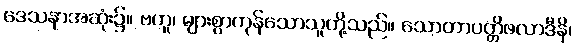
ဒေသနာအဆုံး၌။ ဗဟူ၊ များစွာကုန်သောသူတို့သည်။ သောတာပတ္တိဖလာဒီနိ၊